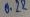
Text: 0.22